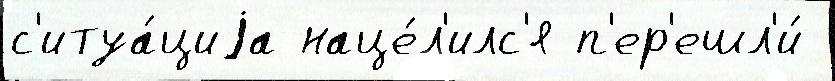
с'итуа́циjа наце́л'илс'я п'ер'ешл'и́